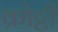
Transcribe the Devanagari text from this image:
क्रोट्टी